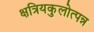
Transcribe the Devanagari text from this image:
क्षत्रियकुलोत्पन्न